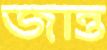
জান্ত